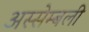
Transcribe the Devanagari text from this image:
अस्सेम्बली